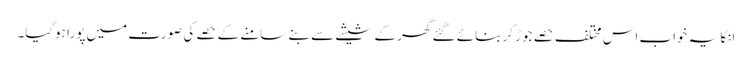
انکا یہ خواب اس مختلف حصے جوڑ کر بنائے گئے گھر کے شیشے سے بنے سامنے کے حصے کی صورت میں پورا ہوگیا۔